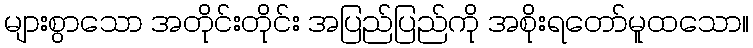
များစွာသော အတိုင်းတိုင်း အပြည်ပြည်ကို အစိုးရတော်မူထသော။